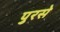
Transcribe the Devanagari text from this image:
पुरसे